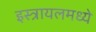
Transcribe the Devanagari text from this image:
इस्त्रायलमध्ये